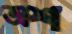
অশ